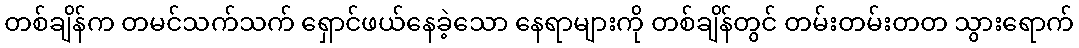
တစ်ချိန်က တမင်သက်သက် ရှောင်ဖယ်နေခဲ့သော နေရာများကို တစ်ချိန်တွင် တမ်းတမ်းတတ သွားရောက်